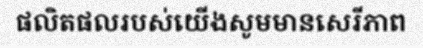
ផលិតផលរបស់យើងសូមមានសេរីភាព